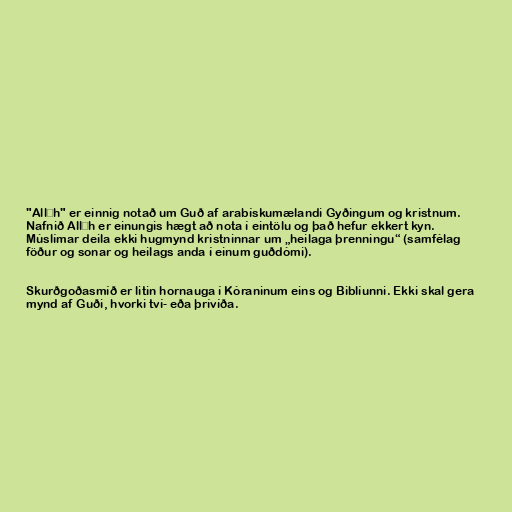
"Allāh" er einnig notað um Guð af arabískumælandi Gyðingum og kristnum.
Nafnið Allāh er einungis hægt að nota í eintölu og það hefur ekkert kyn.
Múslímar deila ekki hugmynd kristninnar um „heilaga þrenningu“ (samfélag
föður og sonar og heilags anda í einum guðdómi).

Skurðgoðasmíð er litin hornauga í Kóraninum eins og Biblíunni. Ekki skal gera
mynd af Guði, hvorki tví- eða þrívíða.